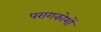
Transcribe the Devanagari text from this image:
परागकोशों